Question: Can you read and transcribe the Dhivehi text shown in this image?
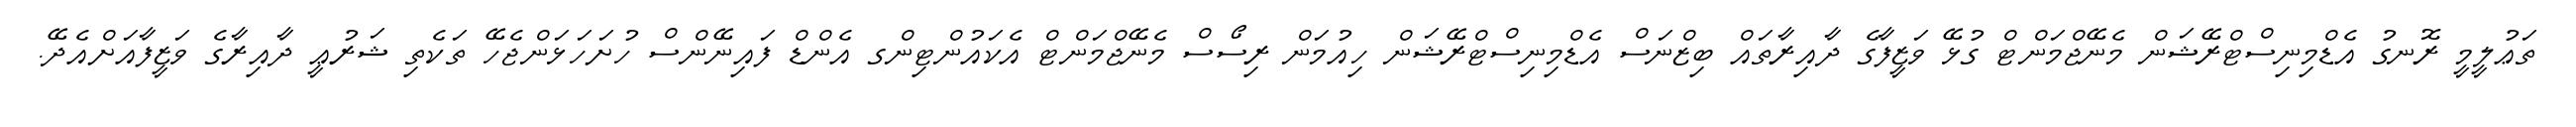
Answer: ތަޢުލީމީ ރޮނގު އެޑްމިނިސްޓްރޭޝަން މެނޭޖްމަންޓް ގުޅޭ ވަޒީފާގެ ދާއިރާތައް ބިޒްނަސް އެޑްމިނިސްޓްރޭޝަން ހިއުމަން ރިސޯސް މެނޭޖްމަންޓް އެކައުންޓިންގ އެންޑް ފައިނޭންސް ހުށަހަޅަންޖެހޭ ތަކެތި ޝަރުޢީ ދާއިރާގެ ވަޒީފާއަށްއެދޭ.